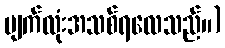
မျက်လုံးအသစ်ရလေသည်။)